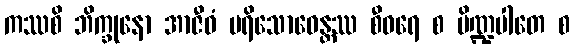
ကဿစိ ဘိက္ခုနော အာဇီဝံ ပရိသောဓေန္တဿ စီဝရေ စ ပိဏ္ဍပါတေ စ